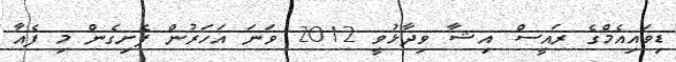
ޑިވައިއެމްގެ ރައީސް އިޝާ ވިދާޅުވީ 2012 ވަނަ އަހަރުން ފެށިގެން މި ފެއާ